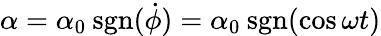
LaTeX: \alpha=\alpha_{0}\: \mathrm{sgn}(\dot{\phi})=\alpha_{0}\: \mathrm{sgn}(\cos\omega t)